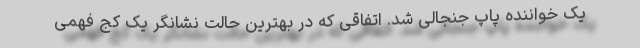
یک خواننده پاپ جنجالی شد. اتفاقی که در بهترین حالت نشانگر یک کج فهمی